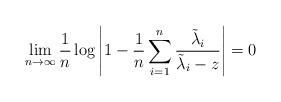
LaTeX: \begin{align*} \lim_{n \to \infty} \frac{1}{n} \log \left| 1 - \frac{1}{n} \sum_{i=1}^{n} \frac{ \tilde{\lambda}_i}{\tilde{\lambda}_i - z } \right| = 0 \end{align*}